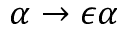
\alpha \rightarrow \epsilon \alpha